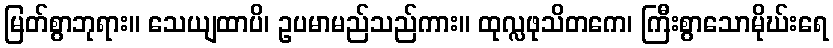
မြတ်စွာဘုရား။ သေယျထာပိ၊ ဥပမာမည်သည်ကား။ ထုလ္လဖုသိတကေ၊ ကြီးစွာသောမိုဃ်းရေ